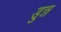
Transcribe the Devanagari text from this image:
डुन्न